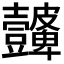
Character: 𭅮